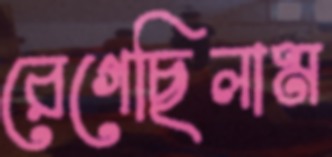
রেগেছিলাম